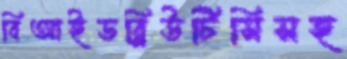
বিআইডব্লিউটিসিসহ